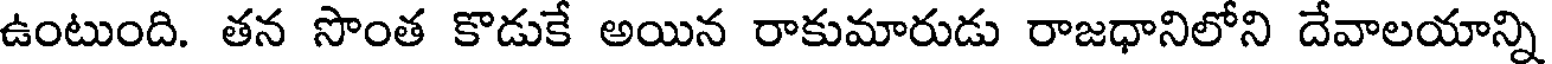
ఉంటుంది. తన సొంత కొడుకే అయిన రాకుమారుడు రాజధానిలోని దేవాలయాన్ని